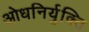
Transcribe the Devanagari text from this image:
ओधनिर्युक्ति